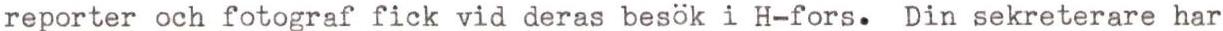
reporter och fotograf fick vid deras besök i H-fors. Din sekreterare har